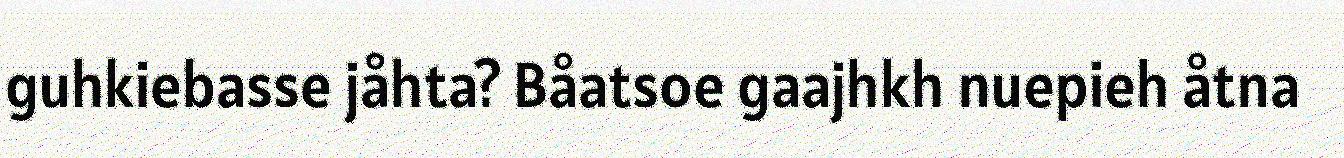
guhkiebasse jåhta? Båatsoe gaajhkh nuepieh åtna